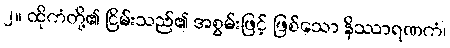
၂။ ထိုကံတို့၏ ငြိမ်းသည်၏ အစွမ်းဖြင့် ဖြစ်သော နိဿာရဏကံ၊